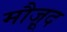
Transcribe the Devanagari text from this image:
मौजू़द